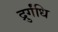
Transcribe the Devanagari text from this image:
द्रुर्गंधि